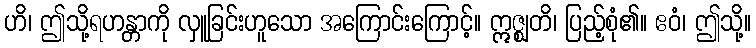
ဟိ၊ ဤသို့ရဟန္တာကို လှူခြင်းဟူသော အကြောင်းကြောင့်။ ဣဇ္ဈတိ၊ ပြည့်စုံ၏။ ဧဝံ၊ ဤသို့။